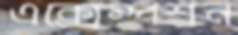
এক্সেম্পশন